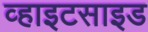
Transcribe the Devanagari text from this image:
व्हाइटसाइड